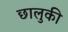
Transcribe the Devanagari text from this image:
छालुकी